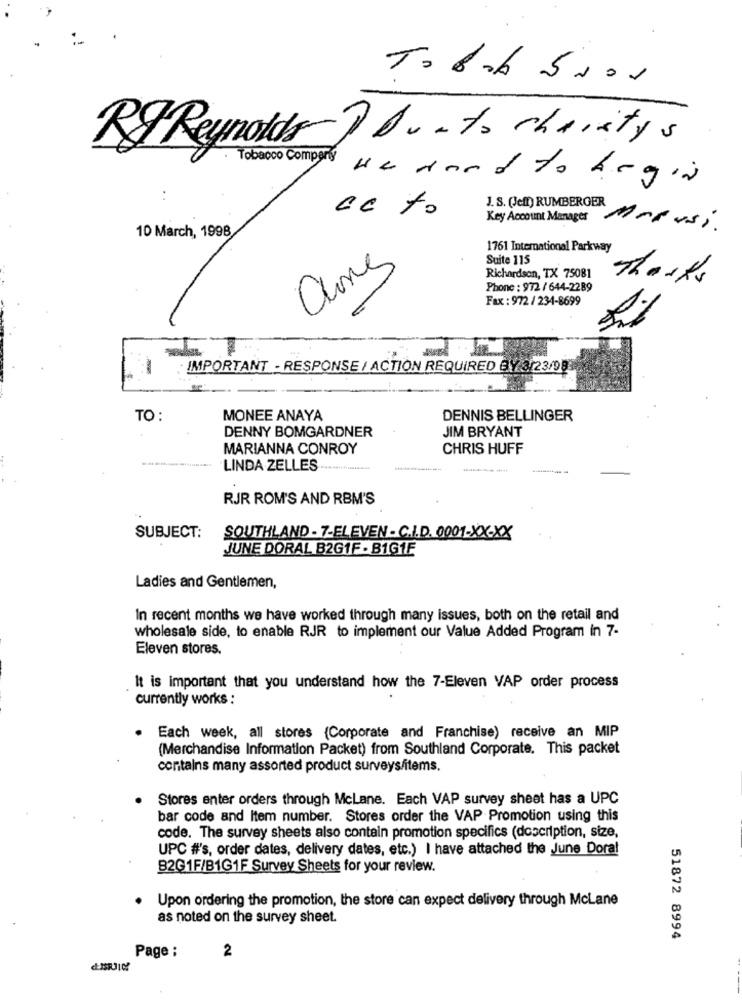
Tobak 5000
RT Reynolds Du to charitys
. Tobacco Company
we dood to begin
J. S. (Jeff) RUMBERGER
ce to
Key Account Manager
MrRusi.
10 March, 199B
1761 International Parkway
Suite 115
Richardson, TX 75081
Thanks
Phone : 972 / 644-2289
Fax : 972 / 234-8699
-
IMPORTANT - RESPONSE / ACTION REQUIRED BY 3/23/98
TO :
MONEE ANAYA
DENNIS BELLINGER
DENNY BOMGARDNER
JIM BRYANT
MARIANNA CONROY
CHRIS HUFF
LINDA ZELLES
RJR ROM'S AND RBM'S
SUBJECT:
SOUTHLAND - 7-ELEVEN - C.I.D. 0001-XXXX
JUNE DORAL B2G1F - B1G1F
Ladies and Gentlemen,
In recent months we have worked through many issues, both on the retail and
wholesale side, to enable RJR to implement our Value Added Program in 7-
Eleven stores.
It is important that you understand how the 7-Eleven VAP order process
currently works :
Each week, all stores (Corporate and Franchise) receive an MIP
(Merchandise Information Packet) from Southland Corporate. This packet
contains many assorted product surveys/items.
Stores enter orders through McLane. Each VAP survey sheet has a UPC
bar code and Item number. Stores order the VAP Promotion using this
code. The survey sheets also contain promotion specifics (description, size,
UPC #'s, order dates, delivery dates, etc.) I have attached the June Dora!
B2G1F/B1G1F Survey Sheets for your review.
Upon ordering the promotion, the store can expect delivery through McLane
as noted on the survey sheet.
51872 8994
Page :
2